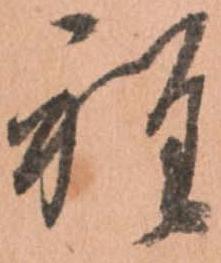
程